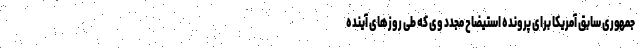
جمهوری سابق آمریکا برای پرونده استیضاح مجدد وی که طی روزهای آینده